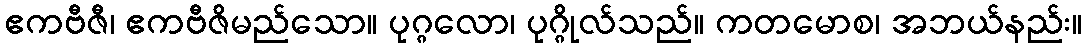
ဧကဗီဇီ၊ ဧကဗီဇိမည်သော။ ပုဂ္ဂလော၊ ပုဂ္ဂိုလ်သည်။ ကတမောစ၊ အဘယ်နည်း။